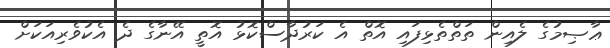
ޢާޞިމުގެ ލެއިން ތަތްތެޅިފައި އޮތް އެ ކަރުދާސްކޮޅު އޮތީ އޭނާގެ ދެ އެކުވެރިއަކަށް